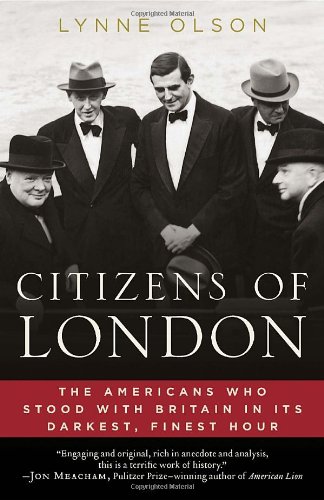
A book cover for Citizens of London: The Americans Who Stood with Britain in Its Darkest, Finest Hour; Lynne Olson; Biographies & Memoirs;